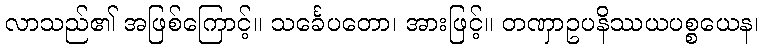
လာသည်၏ အဖြစ်ကြောင့်။ သင်္ခေပတော၊ အားဖြင့်။ တဏှာဥပနိဿယပစ္စယေန၊